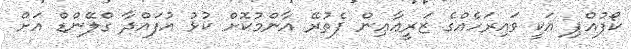
ކޯފުއްޕި އަކީ ވައިރަހެއްގެ ޒަރީޢާޢިން ފެތުރޭ އާންމުކޮށް ކުޅު އުފައްދާ ގްލޭންޑް އަށް